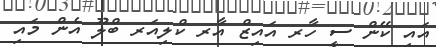
އައި ކޭން ސީ ހާރ އައިޒް އާރ ކްލިއަރ ބްލޫ އެން މައި